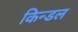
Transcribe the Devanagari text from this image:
किन्डल